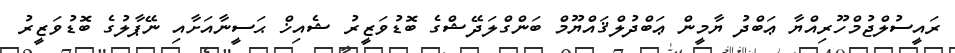
ރައީސުލްޖުމްހޫރިއްޔާ ޢަބްދު ޔާމީން ޢަބްދުލްޤައްޔޫމް ބަންގްލަދޭޝްގެ ބޮޑުވަޒީރު ޝެއިޚް ޙަސީނާއަށާއި ނޭޕާލުގެ ބޮޑުވަޒީރު